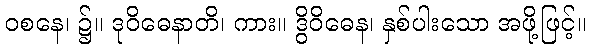
ဝစနေ၊ ၌။ ဒုဝိဓေနာတိ၊ ကား။ ဒွိဝိဓေန၊ နှစ်ပါးသော အဖို့ဖြင့်။